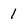
Character: 1